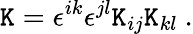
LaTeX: \mathtt{K}=\epsilon^{ik}\epsilon^{jl}\mathtt{K}_{ij}\mathtt{K}_{kl}\ .